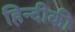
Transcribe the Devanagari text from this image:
हिन्दीकी